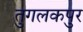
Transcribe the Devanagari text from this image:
तुगलकपुर